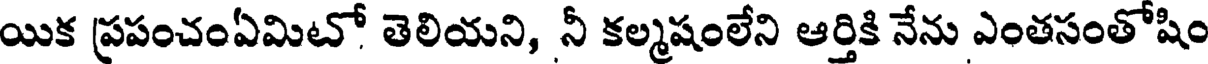
యిక ప్రపంచంఏమిటో తెలియని, నీ కల్మషంలేని ఆర్తికి నేను ఎంతసంతోషిం